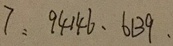
7 : 9 4 1 4 6 . 6 1 3 9 .